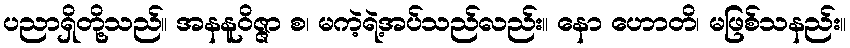
ပညာရှိတို့သည်။ အနနူဝိဇ္ဇာ စ၊ မကဲ့ရဲ့အပ်သည်လည်း။ နော ဟောတိ၊ မဖြစ်သနည်း။